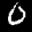
Label: 0